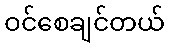
ဝင်စေချင်တယ်